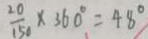
\frac { 2 0 } { 1 5 0 } \times 3 6 0 ^ { \circ } = 4 8 ^ { \circ }